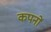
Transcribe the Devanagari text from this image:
कपनों